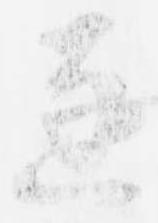
逐